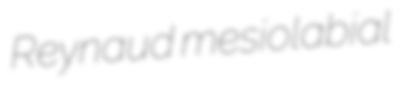
Reynaud mesiolabial